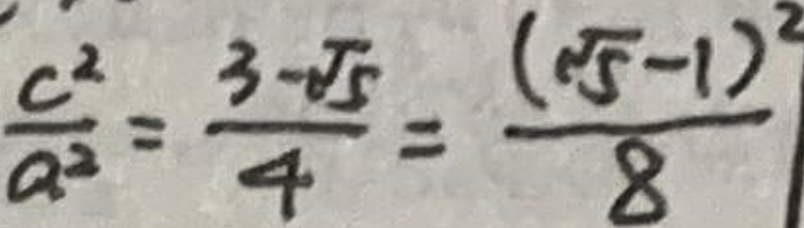
$\frac{c^{2}}{a^{2}}=\frac{3-\sqrt{5}}{4}=\frac{(\sqrt{5}-1)^{2}}{8}$